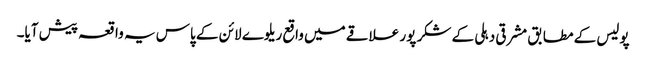
پولیس کے مطابق مشرقی دہلی کے شکر پور علاقے میں واقع ریلوے لائن کے پاس یہ واقعہ پیش آیا۔